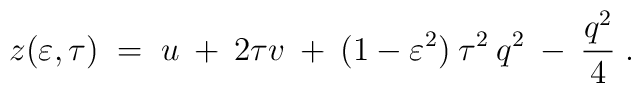
z(\varepsilon, \tau) \;=\; u \:+\: 2 \tau v \:+\: (1-\varepsilon^2)\:\tau^2\:q^2 \:-\: \frac{q^2}{4}\;.